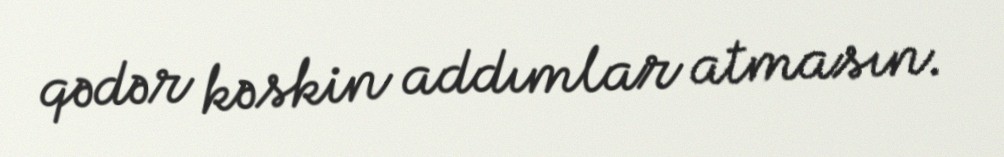
qədər kəskin addımlar atmasın.